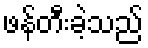
ဖန်တီးခဲ့သည်